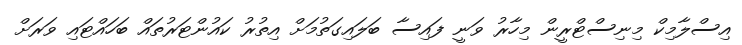
އިސްލާމިކް މިނިސްޓްރީން މިހާރު ވަނީ ފައިސާ ބަލައިގަތުމަށް އިތުރު ކައުންޓަރުތައް ބަހައްޓައި ވަރަށް